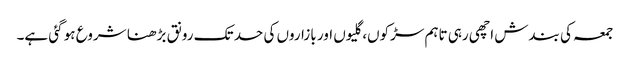
جمعہ کی بندش اچھی رہی تاہم سڑکوں، گلیوں اور بازاروں کی حد تک رونق بڑھنا شروع ہو گئی ہے۔